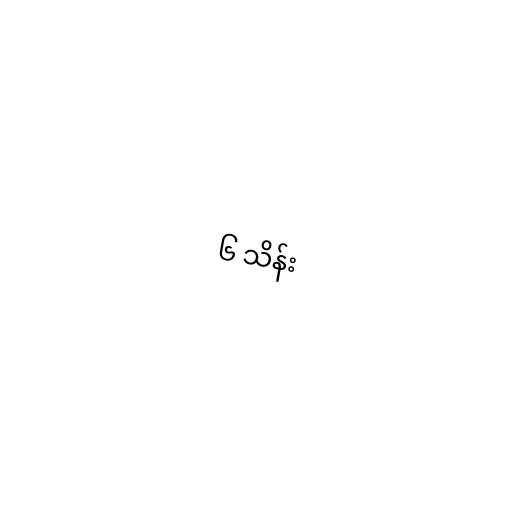
၆ သိန်း